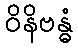
ဝိနိဗန္ဓံ